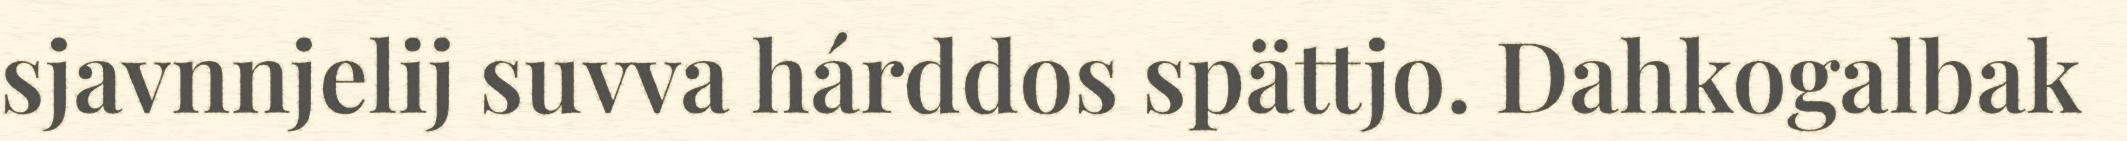
sjavnnjelij suvva hárddos spättjo. Dahkogalbak